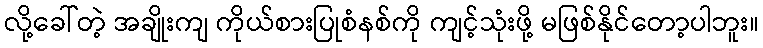
လို့ခေါ်တဲ့ အချိုးကျ ကိုယ်စားပြုစံနစ်ကို ကျင့်သုံးဖို့ မဖြစ်နိုင်တော့ပါဘူး။